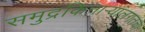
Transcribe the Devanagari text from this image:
समुद्रकिनार्‍यालगतचा